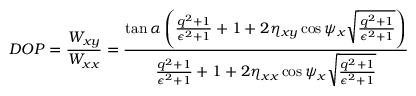
\centering D O P = \frac { W _ { x y } } { W _ { x x } } = \frac { \tan { \alpha } \left( \frac { q ^ { 2 } + 1 } { \epsilon ^ { 2 } + 1 } + 1 + 2 \eta _ { x y } \cos { \psi _ { x } } \sqrt { \frac { q ^ { 2 } + 1 } { \epsilon ^ { 2 } + 1 } } \right) } { \frac { q ^ { 2 } + 1 } { \epsilon ^ { 2 } + 1 } + 1 + 2 \eta _ { x x } \cos { \psi _ { x } } \sqrt { \frac { q ^ { 2 } + 1 } { \epsilon ^ { 2 } + 1 } } }